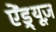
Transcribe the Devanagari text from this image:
ऐंड्र्यूज़